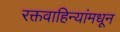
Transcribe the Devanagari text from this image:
रक्तवाहिन्यांमधून